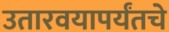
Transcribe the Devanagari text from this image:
उतारवयापर्यंतचे